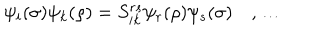
LaTeX: \psi _ { i } ( \sigma ) \psi _ { k } ( \rho ) = S _ { i k } ^ { r s } \psi _ { r } ( \rho ) \psi _ { s } ( \sigma ) \quad , \ldots \nonumber